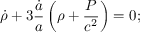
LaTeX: { \dot { \rho } } + 3 { \frac { \dot { a } } { a } } \left( \rho + { \frac { P } { c ^ { 2 } } } \right) = 0 ;